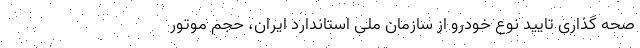
صحه گذاری تایید نوع خودرو از سازمان ملی استاندارد ایران، حجم موتور